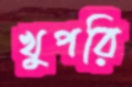
খুপরি